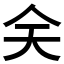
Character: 𠇄